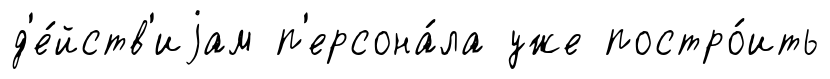
д'е́йств'иjам п'ерсона́ла уже постро́ить